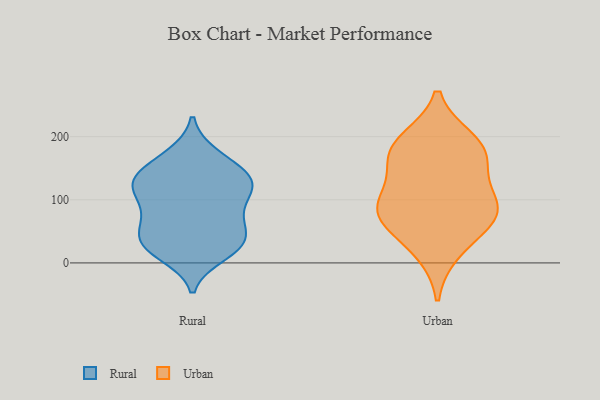
{"axis": {"x": "Net Income (USD K)", "y": "Value"}, "legend": ["Rural", "Urban"], "data": [{"x": "", "y": 67, "type": "Rural"}, {"x": "", "y": 171, "type": "Rural"}, {"x": "", "y": 128, "type": "Rural"}, {"x": "", "y": 27, "type": "Rural"}, {"x": "", "y": 168, "type": "Rural"}, {"x": "", "y": 30, "type": "Rural"}, {"x": "", "y": 120, "type": "Rural"}, {"x": "", "y": 25, "type": "Rural"}, {"x": "", "y": 25, "type": "Rural"}, {"x": "", "y": 13, "type": "Rural"}, {"x": "", "y": 97, "type": "Rural"}, {"x": "", "y": 118, "type": "Rural"}, {"x": "", "y": 91, "type": "Rural"}, {"x": "", "y": 56, "type": "Rural"}, {"x": "", "y": 136, "type": "Rural"}, {"x": "", "y": 69, "type": "Rural"}, {"x": "", "y": 44, "type": "Rural"}, {"x": "", "y": 143, "type": "Rural"}, {"x": "", "y": 133, "type": "Rural"}, {"x": "", "y": 126, "type": "Rural"}, {"x": "", "y": 67, "type": "Urban"}, {"x": "", "y": 172, "type": "Urban"}, {"x": "", "y": 100, "type": "Urban"}, {"x": "", "y": 183, "type": "Urban"}, {"x": "", "y": 193, "type": "Urban"}, {"x": "", "y": 19, "type": "Urban"}, {"x": "", "y": 75, "type": "Urban"}, {"x": "", "y": 158, "type": "Urban"}, {"x": "", "y": 100, "type": "Urban"}, {"x": "", "y": 75, "type": "Urban"}]}